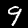
Digit: 9